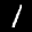
Label: 1